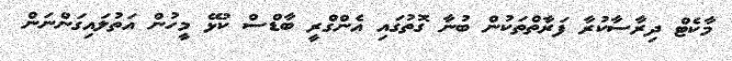
މާކެޓް ދިރާސާކުރާ ފަރާތްތަކުން ބުނާ ގޮތުގައި އެންގްރީ ބާޑްސް ކުޅޭ މީހުން އަތުލައިގަންނަން